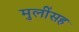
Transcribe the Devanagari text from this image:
मुलींसह